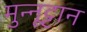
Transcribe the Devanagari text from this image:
मुन्नूट्टान